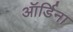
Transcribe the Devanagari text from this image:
ऑर्डिना